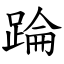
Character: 踚